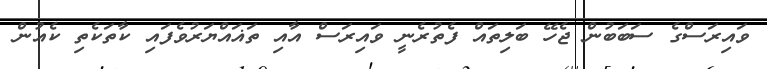
ވައިރަސްގެ ސަބަބުން ޖެހޭ ބަލިތައް ފެތުރެނީ ވައިރަސް އާއި ތަޣައްޔަރުވެފައި ކާތަކެތި ކެއުން